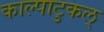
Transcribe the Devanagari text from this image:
काल्पाटुकल्